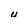
Character: u